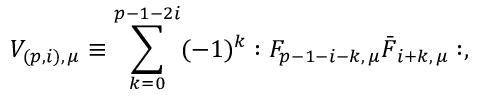
V _ { ( p , i ) , \, \mu } \equiv \sum _ { k = 0 } ^ { p - 1 - 2 i } ( - 1 ) ^ { k } : F _ { p - 1 - i - k , \, \mu } \bar { F } _ { { i + k } , \, \mu } : ,